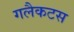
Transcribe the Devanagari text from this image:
गलैकटस